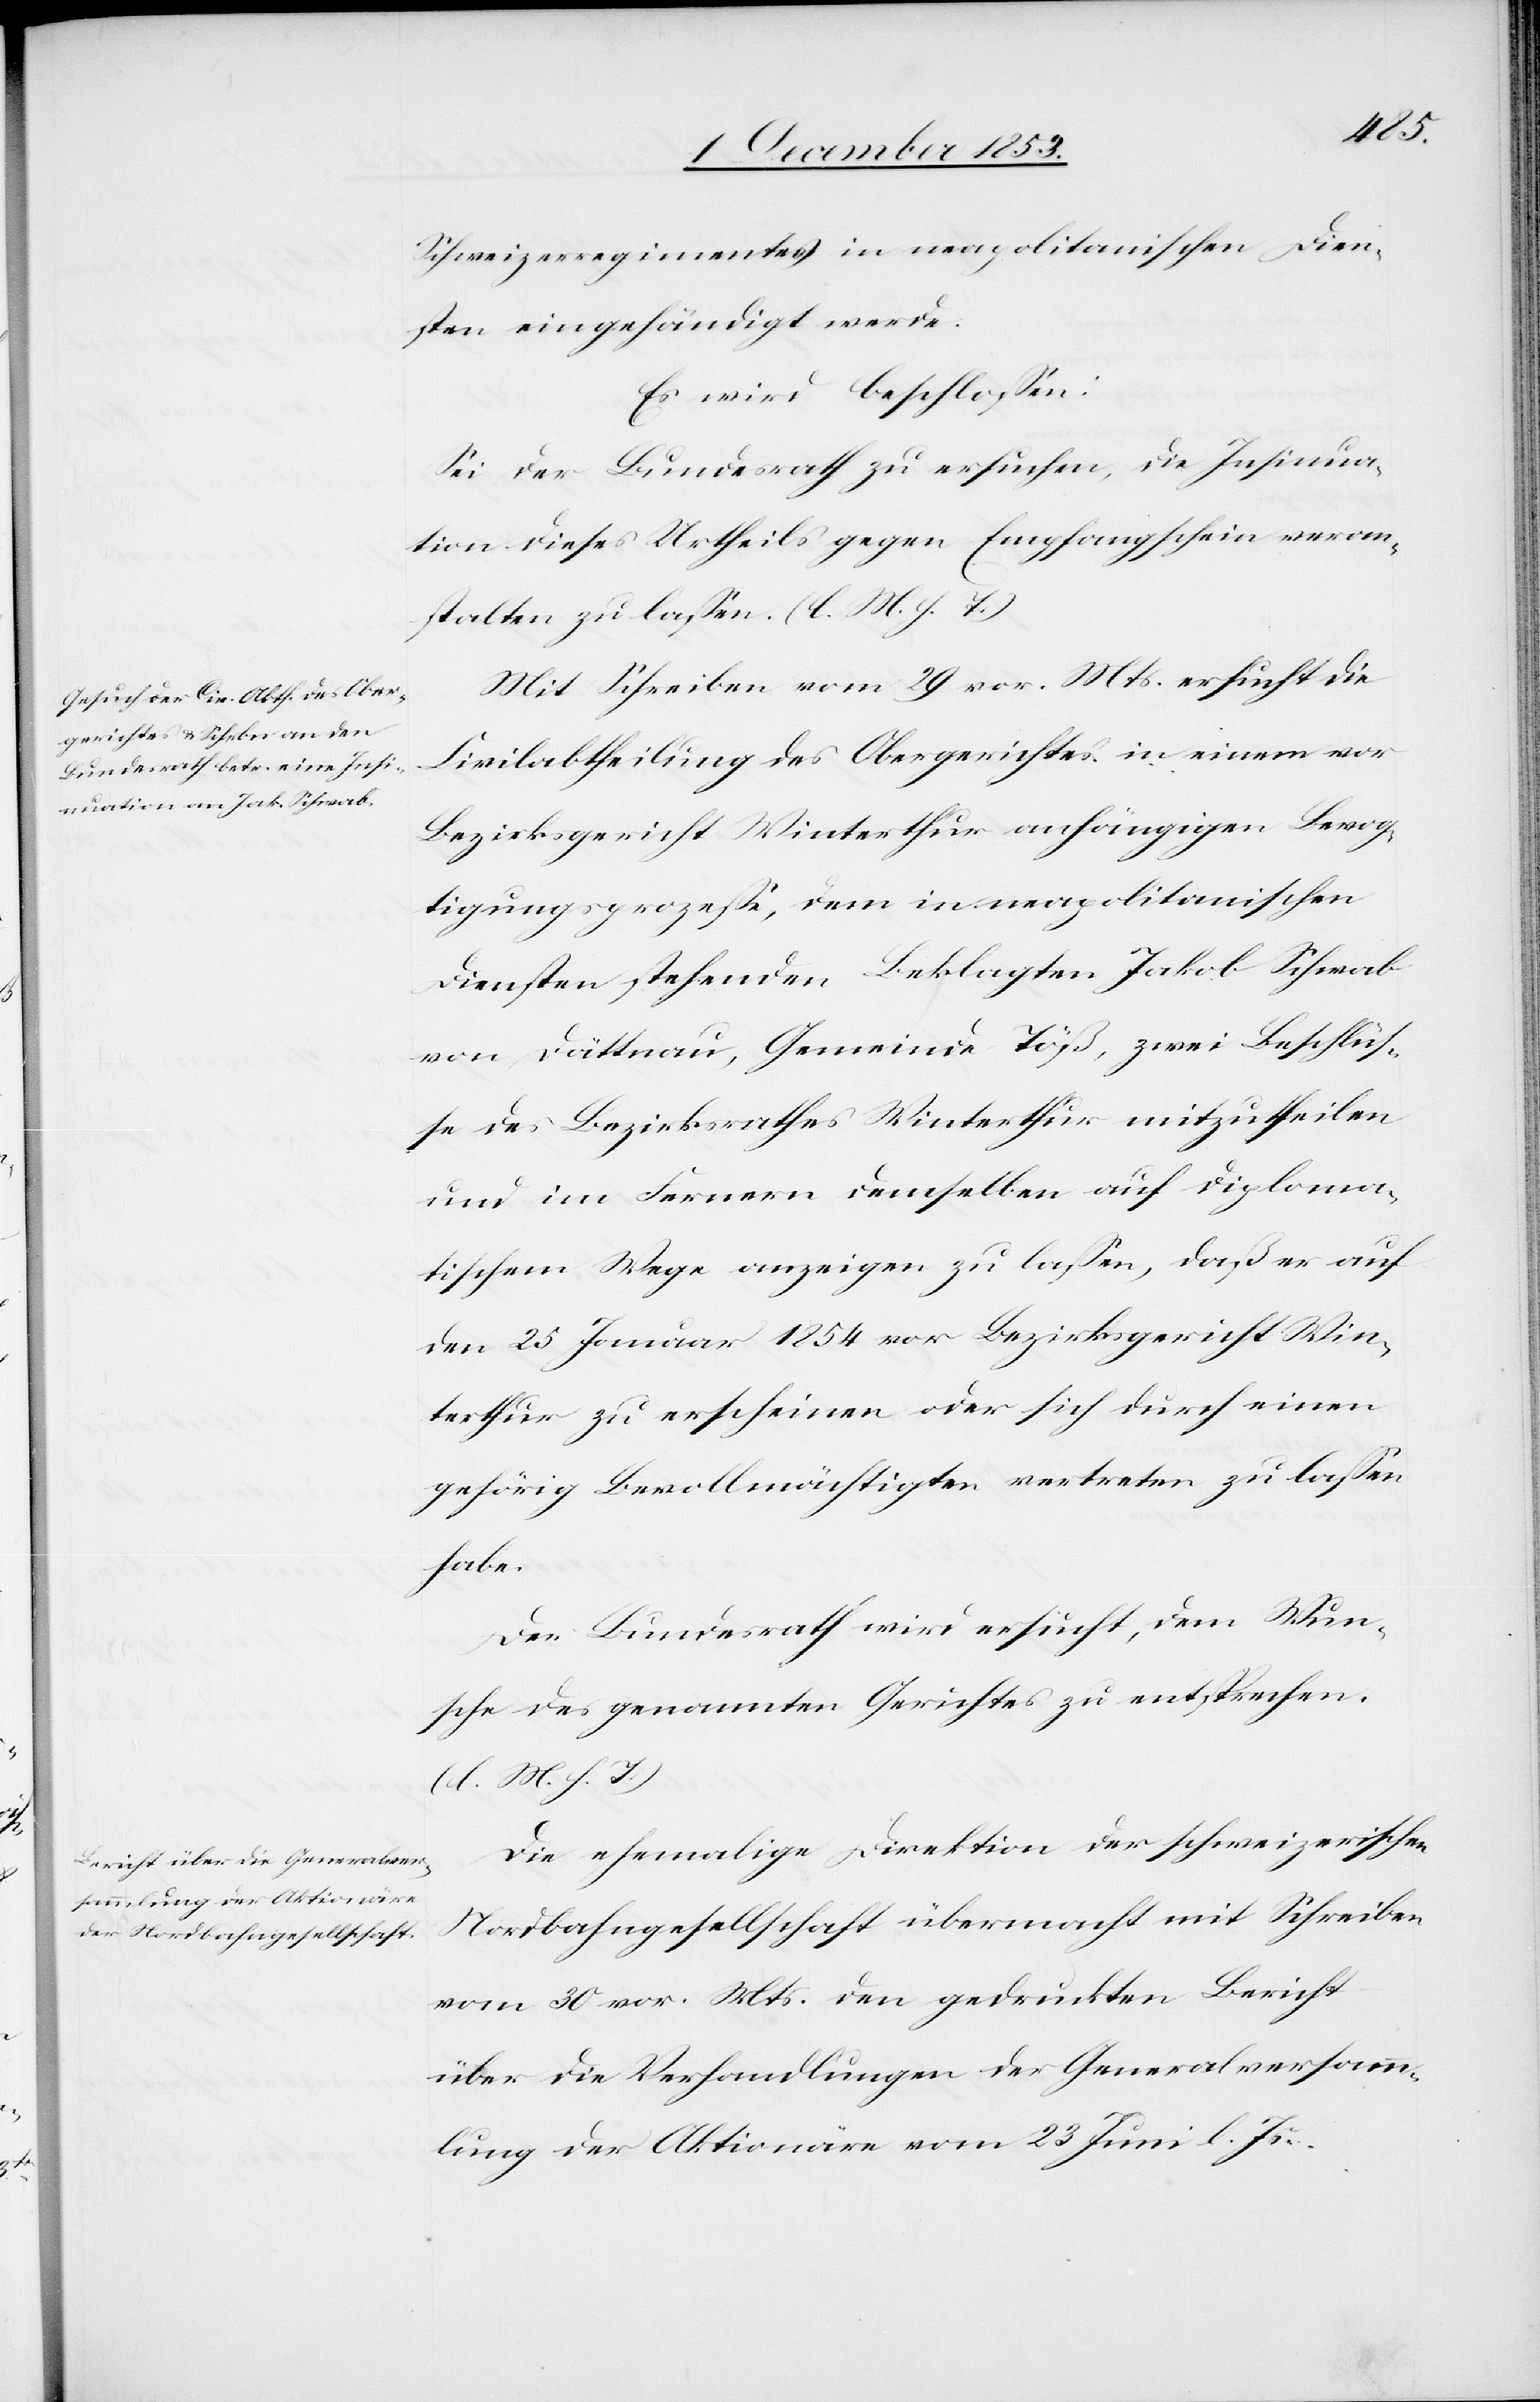
Schweizerregimentes in neapolitanischen Dien¬
sten eingehändigt werde.
Es wird beschloßen:
Sei der Bundesrath zu ersuchen, die Insinua¬
tion dieses Urtheils gegen Empfangsschein veran¬
stalten zu laßen. [l. M. h. T]
Mit Schreiben vom 29 vor. Mts. ersucht die
Civilabtheilung des Obergerichtes in einem vor
Bezirksgericht Winterthur anhängigen Bevog¬
tigungsprozeße, dem in neapolitanischen
Diensten stehenden Beklagten Jakob Schwab
von Dättnau, Gemeinde Töß, zwei Beschlüß¬
e des Bezirksrathes Winterthur mitzutheilen
und im Fernern demselben auf diploma¬
tischem Wege anzeigen zu laßen, daß er auf
den 25 Januar 1854 vor Bezirksgericht Win¬
terthur zu erscheinen oder sich durch einen
gehörig Bevollmächtigten vertreten zu laßen
habe.
Der Bundesrath wird ersucht, dem Wun¬
sche des genannten Gerichtes zu entsprechen.
Die ehemalige Direktion der schweizerischen
Nordbahngesellschaft übermacht mit Schreiben
vom 30 vor. Mts. den gedruckten Bericht
über die Verhandlungen der Gemeindsversamm¬
lung der Aktionäre vom 23 Juni l. Js.